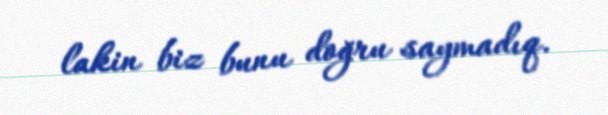
lakin biz bunu doğru saymadıq.